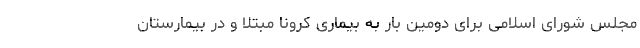
مجلس شورای اسلامی برای دومین بار به بیماری کرونا مبتلا و در بیمارستان